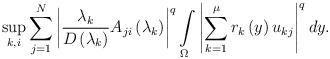
LaTeX: \begin{align*}\sup\limits_{k,i}\sum\limits_{j=1}^{N}\left\vert \frac{\lambda _{k}}{D\left(\lambda _{k}\right) }A_{ji}\left( \lambda _{k}\right) \right\vert^{q}\int\limits_{\Omega }\left\vert \sum\limits_{k=1}^{\mu }r_{k}\left(y\right) u_{kj}\right\vert ^{q}dy. \end{align*}